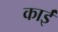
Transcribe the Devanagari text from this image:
काईं